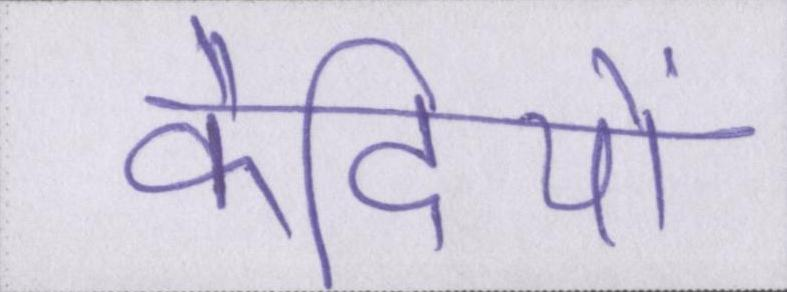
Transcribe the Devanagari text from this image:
कैदियों